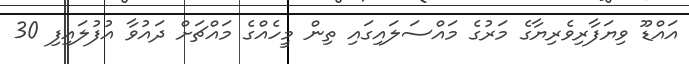
އައްޑޫ ވިޔަފާރިވެރިޔާގެ މަރުގެ މައްސަލައިގައި ތިން މީހެއްގެ މައްޗަށް ދައުވާ އުފުލައިފި 30